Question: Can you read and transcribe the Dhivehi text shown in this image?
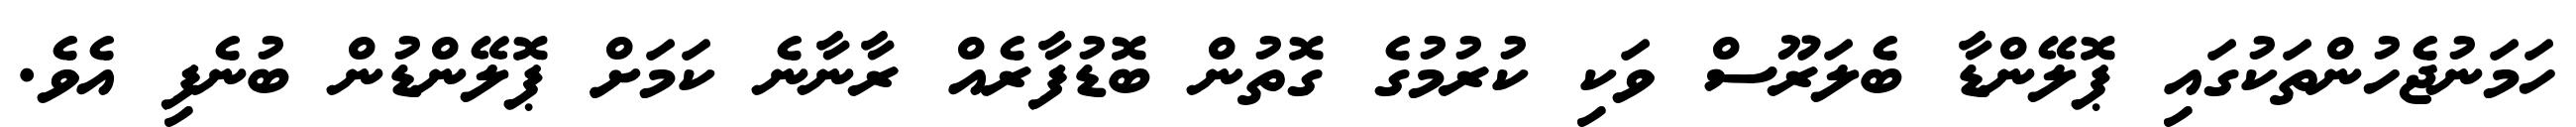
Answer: ހަމަނުޖެހުންތަކުގައި ޕޮލޭންޑާ ބެލަރޫސް ވަކި ކުރުމުގެ ގޮތުން ބޮޑުފާރެއް ރާނާނެ ކަމަށް ޕޮލޭންޑުން ބުނެފި އެވެ.